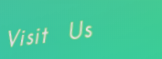
Visit Us